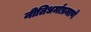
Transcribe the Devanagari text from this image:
नीतिधर्माप्रमाणे